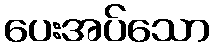
ပေးအပ်သော